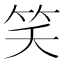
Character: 笑